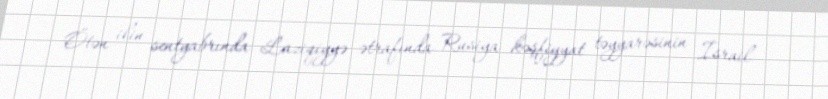
Ötən ilin sentyabrında Laziqiyyə ətrafında Rusiya kəşfiyyat təyyarəsinin İsrail